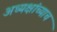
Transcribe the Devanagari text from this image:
अध्यक्षांच्याच